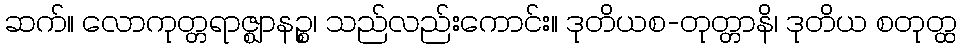
ဆက်။ လောကုတ္တရာဇ္ဈာနဉ္စ၊ သည်လည်းကောင်း။ ဒုတိယစ-တုတ္တာနိ၊ ဒုတိယ စတုတ္ထ